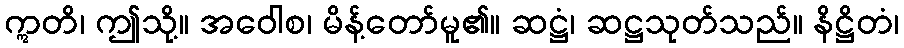
ဣတိ၊ ဤသို့။ အဝေါစ၊ မိန့်တော်မူ၏။ ဆဋ္ဌံ၊ ဆဋ္ဌသုတ်သည်။ နိဋ္ဌိတံ၊